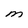
Character: m